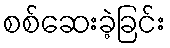
စစ်ဆေးခဲ့ခြင်း